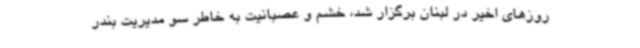
روزهای اخیر در لبنان برگزار شد، خشم و عصبانیت به خاطر سو مدیریت بندر